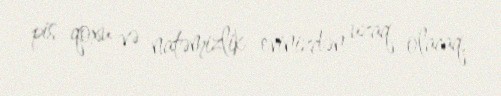
pis qoxu və natəmizlik evinizdən uzaq olacaq.